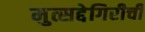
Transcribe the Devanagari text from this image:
मुत्सद्देगिरीची